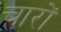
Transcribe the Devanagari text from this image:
चारों